Report of the Indian Hemp Drugs Commission, 1894-1895 - Volume II
Year: 1894
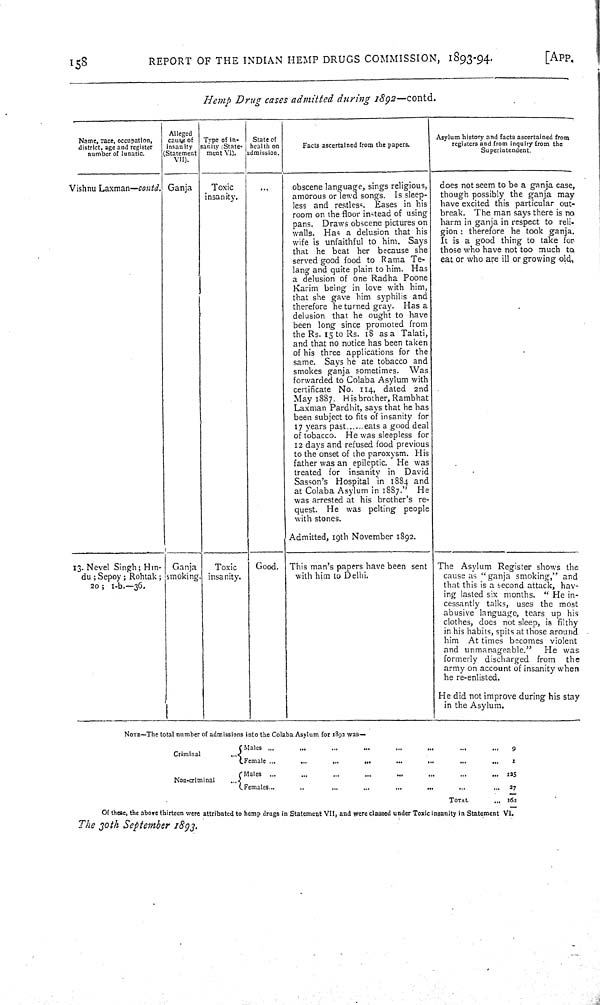
158
REPORT OF THE INDIAN HEMP DRUGS COMMISSION,
1893-94.
[APP.
Hemp
Drug
cases admitted
during
1892—contd.
Name, race, occupation,
district, age and register
number of lunatic.
Alleged
cause of
insanity
(Statement
VII).
Type of in-
sanity (State-
ment VI).
State of
health on
admission.
Facts ascertained from the papers.
Asylum history and facts ascertained from
registers and from inquiry from the
Superintendent.
Vishnu Laxman—contd. Ganja
Toxic
insanity.
obscene language, sings religious,
amorous or lewd songs. Is sleep-
less and restless.
Eases in his
room on the floor instead of using
pans.
Draws obscene pictures on
walls.
Has a delusion that his
wife is unfaithful to him.
Says
that he beat her because she
served good food to Rama Te-
lang and quite plain to him.
Has
a delusion of one Radha Poone
Karim being in love with him,
that she gave him syphilis and
therefore he turned gray.
Has a
delusion that he ought to have
been long since promoted from
the Rs. 15 to Rs. 18 as a Talati,
and that no notice has been taken
of his three applications for the
same.
Says he ate tobacco and
smokes ganja sometimes.
Was
forwarded to Colaba Asylum with
certificate No. 114, dated
2nd
May 1887. His brother, Rambhat
Laxman Pardhit, says that he has
been subject to fits of insanity for
17 years past......eats a good deal
of tobacco.
He was sleepless for
12 days and refused food previous
to the onset of the paroxysm. His
father was an epileptic.
He was
treated for
insanity in
David
Sasson's Hospital in 1884 and
at Colaba Asylum in 1887."
He
was arrested at his brother's
re-
quest.
He was pelting
people
with stones.
Admitted, 19th November 1892.
does not seem to be a ganja case,
though possibly the ganja may
have excited this particular out-
break.
The man says there is no
harm in ganja in respect to reli-
gion: therefore he took ganja.
It is a good thing to take for
those who have not too much to
eat or who are ill or growing old.
13. Nevel Singh; Hin-
du; Sepoy; Rohtak;
20; 1-b.—36.
Ganja
smoking.
Toxic
insanity.
Good.
This man's papers have been sent
with him to Delhi.
The Asylum Register shows the
cause as "ganja smoking," and
that this is a second attack, hav-
ing lasted six months.
"He
in-
cessantly talks, uses the most
abusive language, tears up his
clothes, does not sleep, is
filthy
in his habits, spits at those around
him
At times becomes violent
and unmanageable."
He
was
formerly discharged from
the
army on account of insanity when
he re-enlisted.
He did not improve during his stay
in the Asylum.
NOTE—The total number of admissions into the Colaba Asylum for 1892 was—
Criminal
Males
9
Criminal
Female
1
Non-criminal
Males
125
Non-criminal
Females
27
TOTAL
162
Of these, the above thirteen were attributed to hemp drugs in Statement VII, and were classed under Toxic insanity in Statement VI.
The 30th
September
1893.